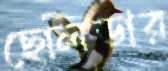
ছেলিডার